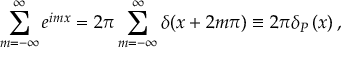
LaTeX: \sum _ { m = - \infty } ^ { \infty } e ^ { i m x } = 2 \pi \sum _ { m = - \infty } ^ { \infty } \delta ( x + 2 m \pi ) \equiv 2 \pi \delta _ { P } \left( x \right) ,